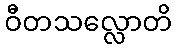
ဝီတသလ္လောတိ